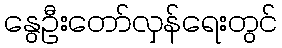
နွေဦးတော်လှန်ရေးတွင်